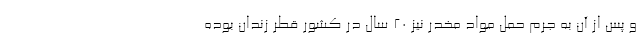
و پس از آن به جرم حمل مواد مخدر نیز ۲۰ سال در کشور قطر زندان بوده